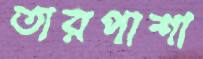
তারপাশা